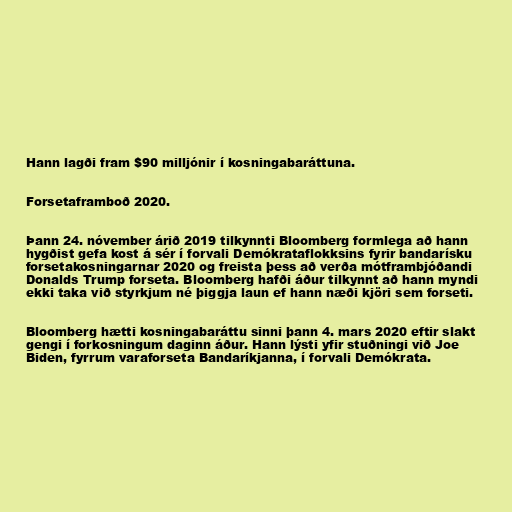
Hann lagði fram $90 milljónir í kosningabaráttuna.

Forsetaframboð 2020.

Þann 24. nóvember árið 2019 tilkynnti Bloomberg formlega að hann
hygðist gefa kost á sér í forvali Demókrataflokksins fyrir bandarísku
forsetakosningarnar 2020 og freista þess að verða mótframbjóðandi
Donalds Trump forseta. Bloomberg hafði áður tilkynnt að hann myndi
ekki taka við styrkjum né þiggja laun ef hann næði kjöri sem forseti.

Bloomberg hætti kosningabaráttu sinni þann 4. mars 2020 eftir slakt
gengi í forkosningum daginn áður. Hann lýsti yfir stuðningi við Joe
Biden, fyrrum varaforseta Bandaríkjanna, í forvali Demókrata.